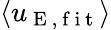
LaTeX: \langle u_{\mathrm{~E~,~f~i~t~}}\rangle